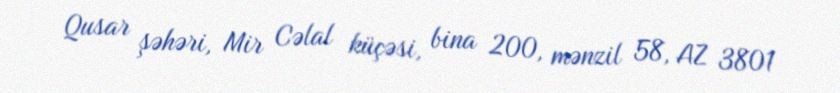
Qusar şəhəri, Mir Cəlal küçəsi, bina 200, mənzil 58, AZ 3801